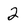
Character: 2